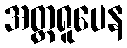
အတ္တရူပေန